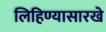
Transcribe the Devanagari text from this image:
लिहिण्यासारखे